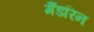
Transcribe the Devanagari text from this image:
मैंडरिन